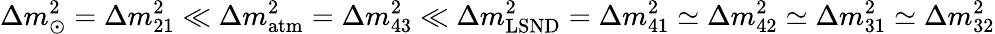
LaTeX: \Delta m_{\odot}^{2}=\Delta m_{21}^{2}\ll\Delta m_{\mathrm{atm}}^{2}=\Delta m_{43}^{2}\ll\Delta m_{\mathrm{LSND}}^{2}=\Delta m_{41}^{2}\simeq\Delta m_{42}^{2}\simeq\Delta m_{31}^{2}\simeq\Delta m_{32}^{2}